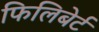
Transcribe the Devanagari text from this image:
फिलिबेर्ट